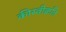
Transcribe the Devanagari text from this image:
कीस्वीक्रति